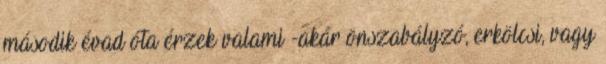
második évad óta érzek valami -akár önszabályzó, erkölcsi, vagy